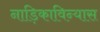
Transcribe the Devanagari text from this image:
नाड़िकाविन्यास